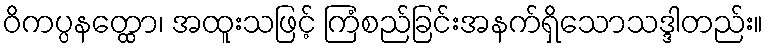
ဝိကပ္ပနတ္ထော၊ အထူးသဖြင့် ကြံစည်ခြင်းအနက်ရှိသောသဒ္ဒါတည်း။